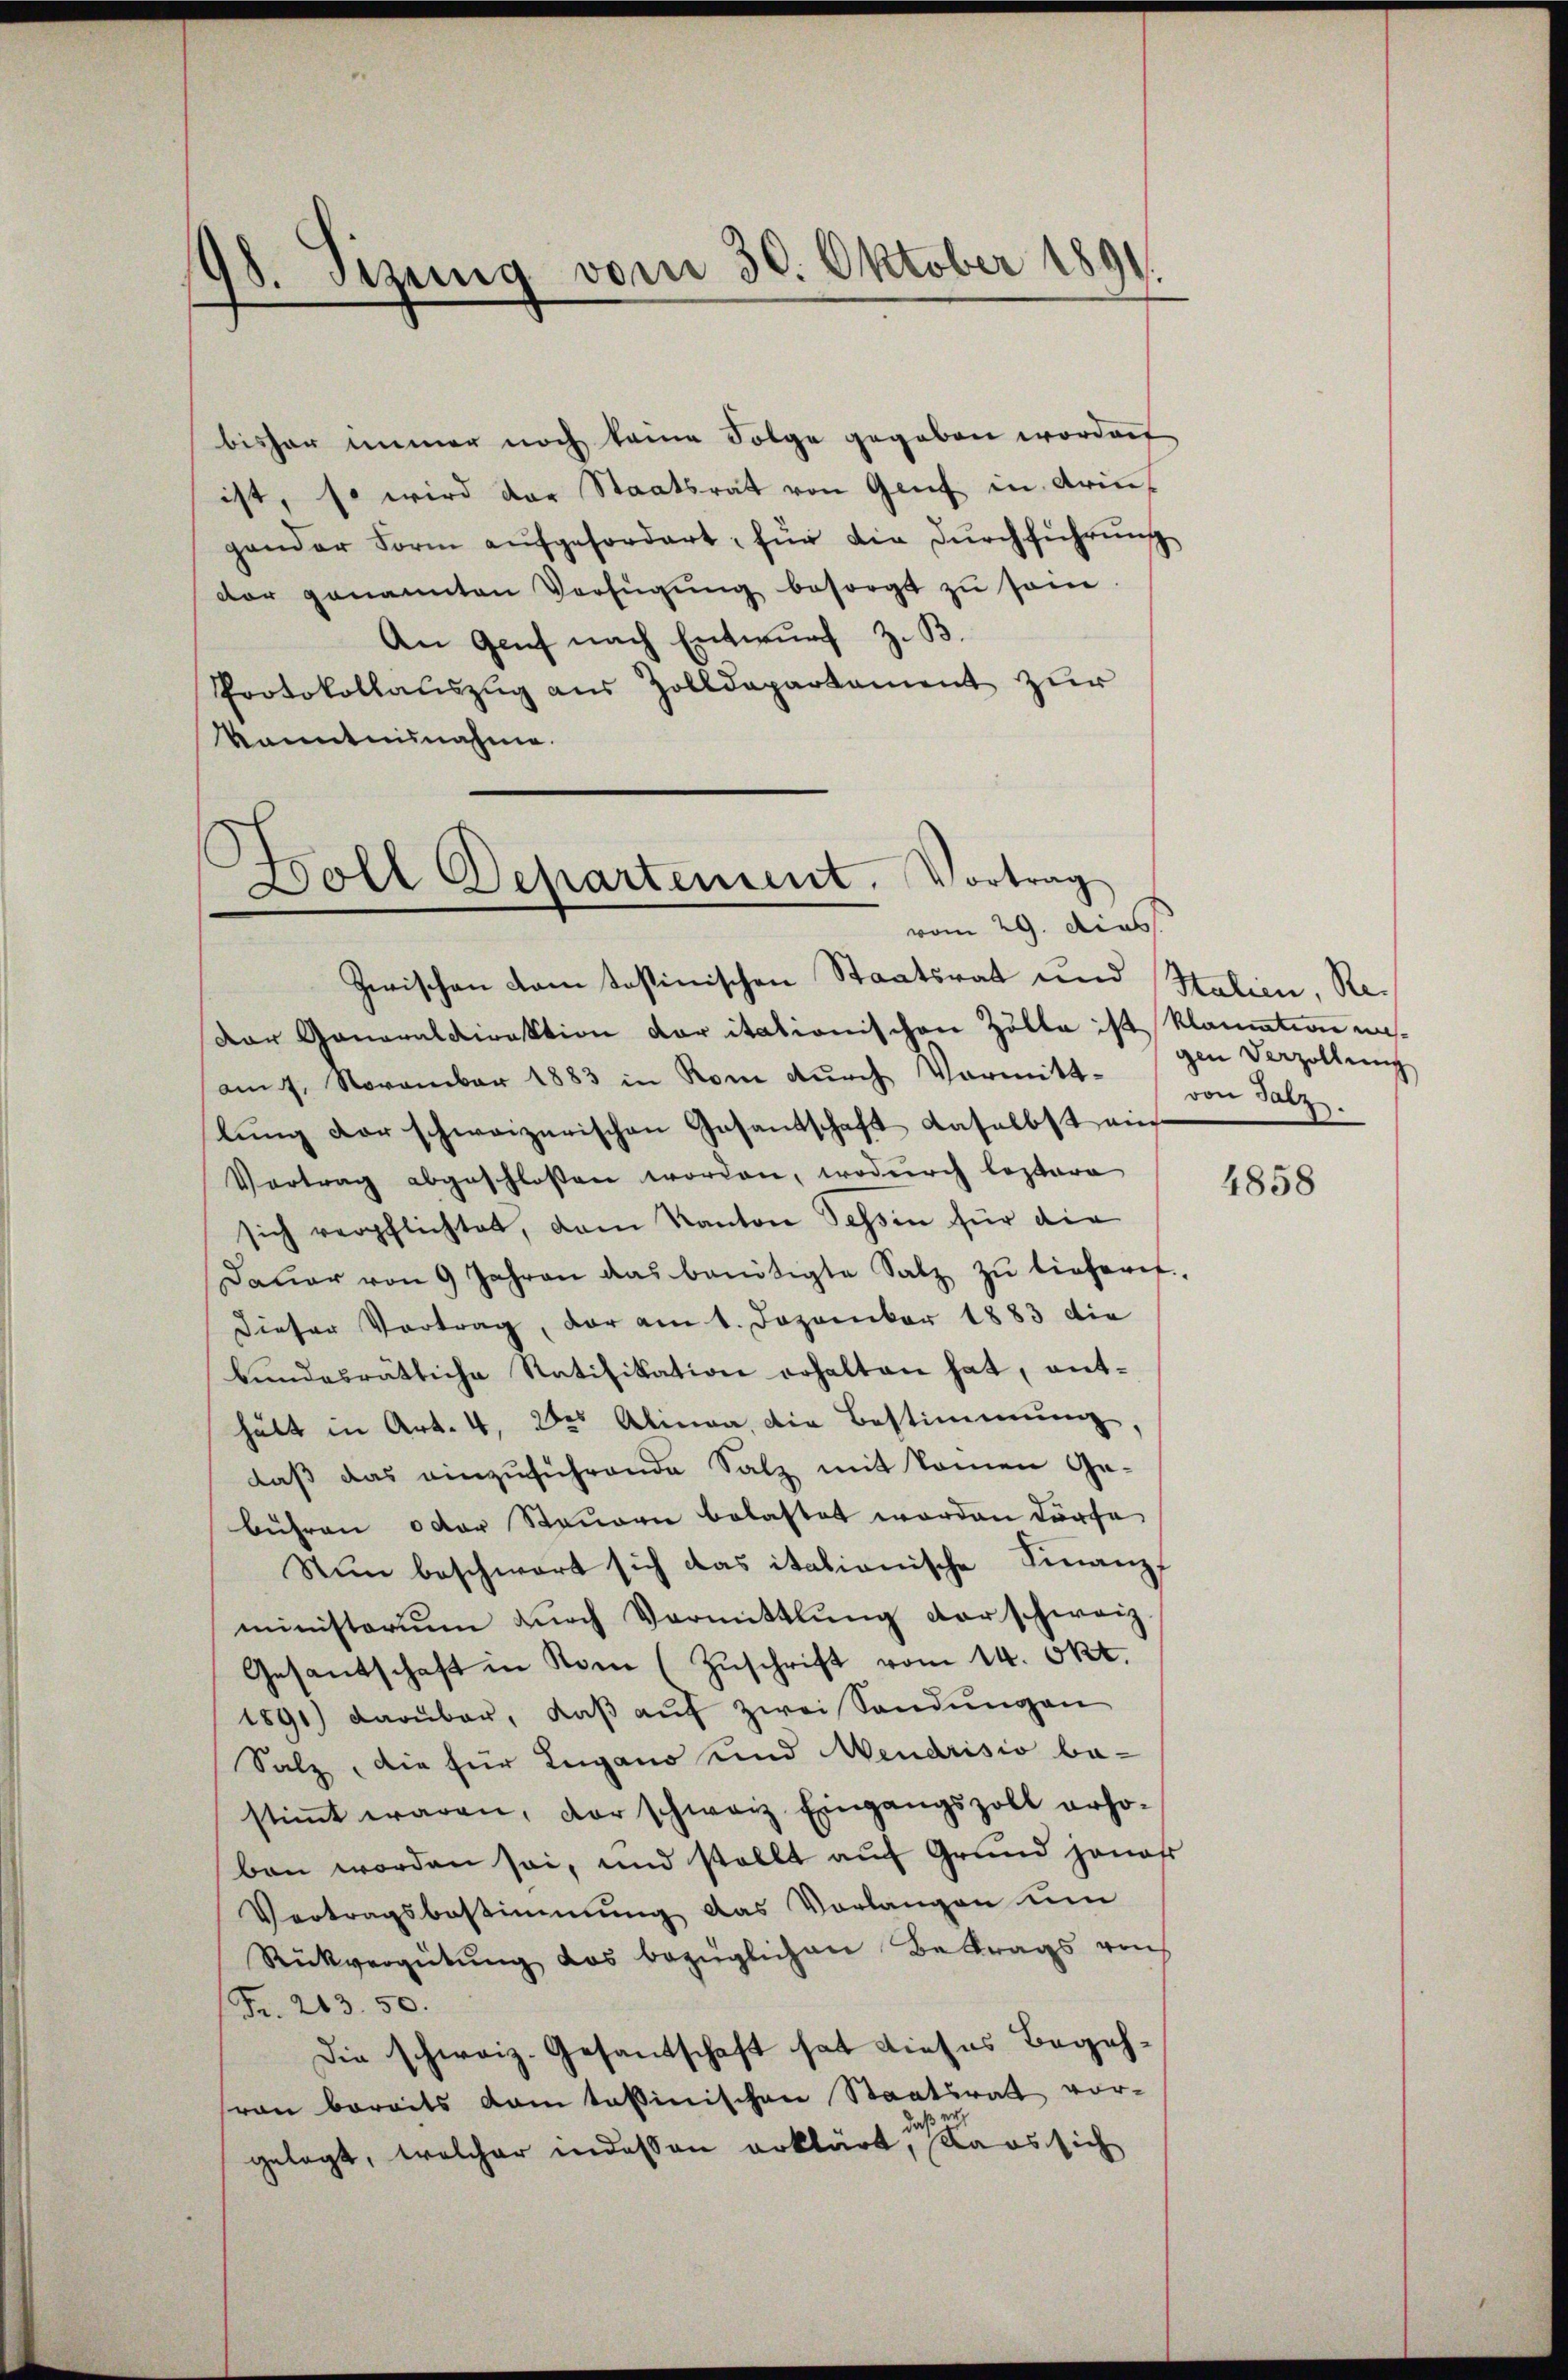
98. Sizung vom 30. Oktober 1891.

bisher immer noch keine Folge gegeben worden
ist, so wird der Staatsrat von Genf in Aringender Form aŭfgefordert, für die Dŭrchführung
dor genannten Verfügŭng besorgt zŭ sein.
An Genf nach Entwurf z. B.
Protokollaŭszŭg aŭs Zolldepartament zŭr
kanntnisnahme.

.
Boll Departement. Vortrag
vom 29. dies

Zwischen Comtostinischen Staatsrat und
Der Generaldirektion vor itationischen Zölle ist klamation unam 7. November 1883 in Rom dŭrch Vormitt. (von Salz.
lŭng der schweizerischen Gasantschaft daselbst ein
Vertrag abgeschlossen worden, wodurch leztere
sich verpflichtet, dem Kanton Tessin für die
Daŭer von 9 Jahren das benötigte Satz zŭ tieferet.
dieser Vortrag, der am 1. Dezember 1883 die
bundesrätliche Ratifikation erhalten hat, enthält in Art. 4, des Alinea, die Bestimmung,
daß das einzuführende Salz mit komen Ge-
bühren oder Steuern belastet worden dürfe
Nun beschwert sich das itationische Finanzf
ministerium dŭrch Vormittlung darschweiz.
Gesandschaft in Rom (Zuschrift vom 14. Okt.
1891) darüber, daβ aŭf zwei Sandŭngen
Salz, die für Lugano und Neudrisio be-
stimmt waren, der schweiz. Eingangszoll erho-
ben worden sei, und stellt auf Grund jenes
Vertragsbestimmung das Vorlangen ŭm
Rückvergütŭng das bezüglichen Betrags von
Fr. 203. 50.
Die schweiz. Gesandschaft hat dieses Begehran bereits vom tessinischen Staatsrath vorgelegt, welcher indessen erklärt, das sich

Italien, Regen Verzollung

4858